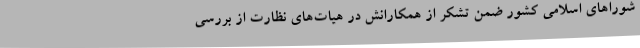
شوراهای اسلامی کشور ضمن تشکر از همکارانش در هیات‌های نظارت از بررسی